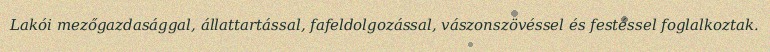
Lakói mezőgazdasággal, állattartással, fafeldolgozással, vászonszövéssel és festéssel foglalkoztak.